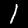
Digit: 1